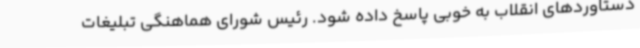
دستاوردهای انقلاب به خوبی پاسخ داده شود. رئیس شورای هماهنگی تبلیغات